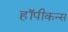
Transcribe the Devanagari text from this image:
हॉपीकन्स